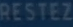
RESSTEZ